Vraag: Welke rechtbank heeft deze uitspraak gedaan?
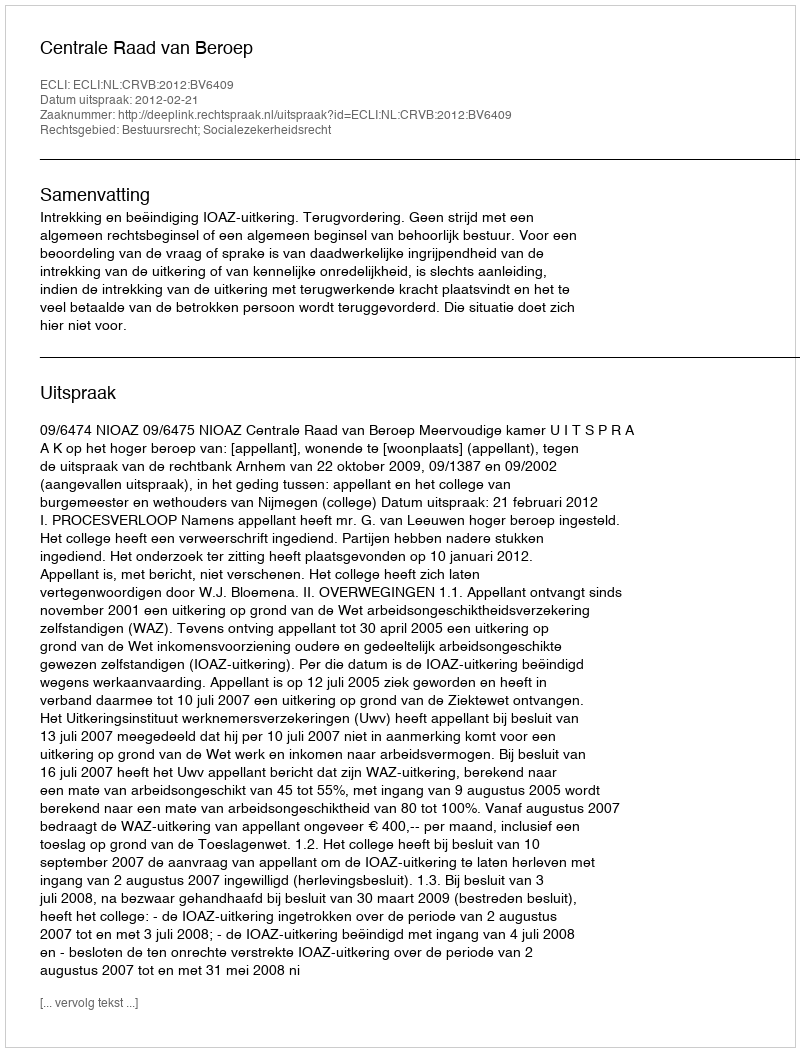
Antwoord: Centrale Raad van Beroep